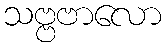
သဗ္ဗဗာလော